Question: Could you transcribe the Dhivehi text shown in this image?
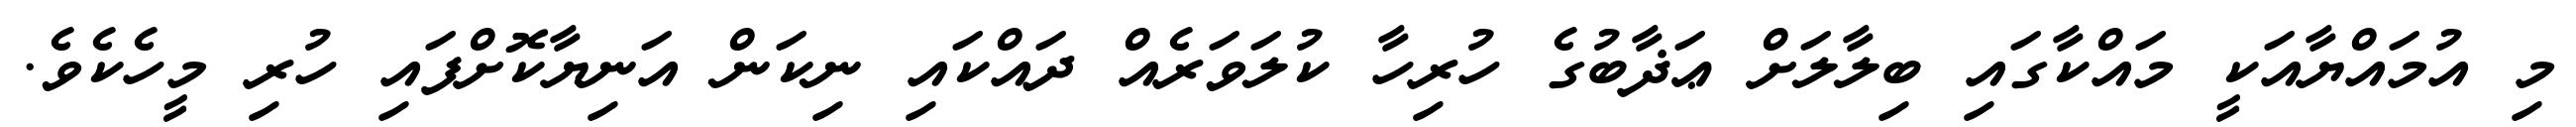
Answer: މި އުމައްޔާއަކީ މައްކާގައި ބިލާލަށް ޢަޛާބުގެ ހުރިހާ ކުލަވަރެއް ދައްކައި ނިކަން އަނިޔާކޮށްފައި ހުރި މީހެކެވެ.